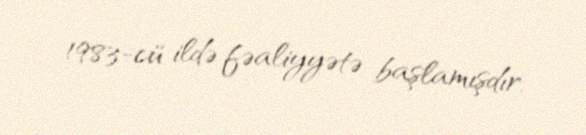
1983-cü ildə fəaliyyətə başlamışdır.